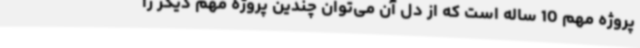
پروژه‌ مهم 10 ساله است که از دل آن می‌توان چندین پروژه مهم دیگر را